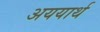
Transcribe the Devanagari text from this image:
अययार्थ